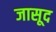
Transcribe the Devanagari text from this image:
जासूद